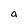
Character: a